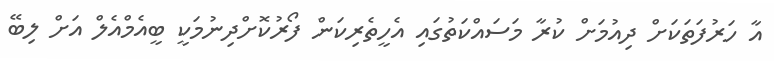
އާ ހަރުފަތަކަށް ދިއުމަށް ކުރާ މަސައްކަތުގައި އެހީތެރިކަން ފޯރުކޮށްދިނުމަކީ ބީއެމްއެލް އަށް ލިބޭ